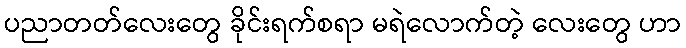
ပညာတတ်လေးတွေ ခိုင်းရက်စရာ မရဲလောက်တဲ့ လေးတွေ ဟာ